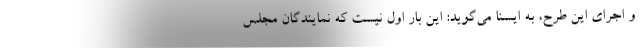
و اجرای این طرح، به ایسنا می‌گوید: این بار اول نیست که نمایندگان مجلس